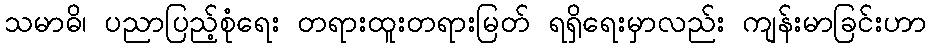
သမာဓိ၊ ပညာပြည့်စုံရေး တရားထူးတရားမြတ် ရရှိရေးမှာလည်း ကျန်းမာခြင်းဟာ